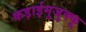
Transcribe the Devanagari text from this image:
कड़ाईमुजुक्कू